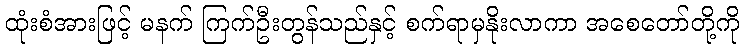
ထုံးစံအားဖြင့် မနက် ကြက်ဦးတွန်သည်နှင့် စက်ရာမှနိုးလာကာ အစေတော်တို့ကို